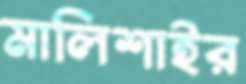
মালিশাইর